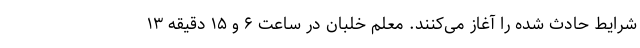
شرایط حادث شده را آغاز می‌کنند. معلم خلبان در ساعت ۶ و ۱۵ دقیقه ۱۳